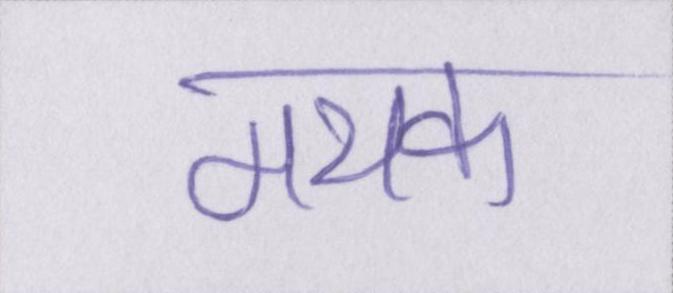
मथक